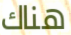
هناك